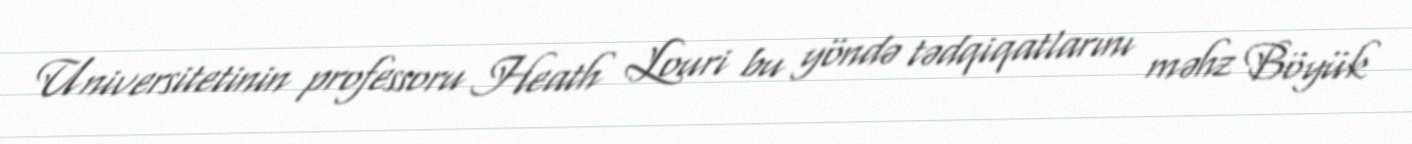
Universitetinin professoru Heath Louri bu yöndə tədqiqatlarını məhz Böyük